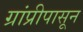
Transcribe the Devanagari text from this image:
ग्रांप्रीपासून